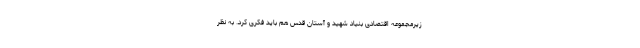
زیرمجموعه اقتصادی بنیاد شهید و آستان قدس هم باید فکری کرد. به نظر